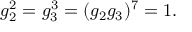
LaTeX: g _ { 2 } ^ { 2 } = g _ { 3 } ^ { 3 } = ( g _ { 2 } g _ { 3 } ) ^ { 7 } = 1 .